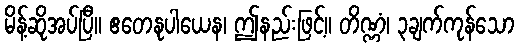
မိန့်ဆိုအပ်ပြီ။ ဧတေနုပါယေန၊ ဤနည်းဖြင့်။ တိဏ္ဏံ၊ ၃ချက်ကုန်သော